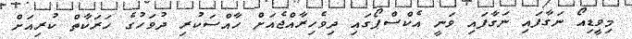
މިވީިޑިއޯ ނަގާފައި ނަގާފައި ވަނީ އެކްސްޕޯގައި ދިވެހިރާއްޖެއަށް ހާއްސަކުރި ދުވަހުގެ ހަރަކާތް ކުރިއަށް